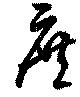
庶